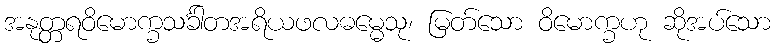
အနုတ္တရဝိမောက္ခသင်္ခါတအရိယဖလဓမ္မေသု၊ မြတ်သော ဝိမောက္ခဟု ဆိုအပ်သော